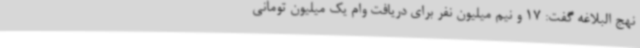
نهج البلاغه گفت: 17 و نیم میلیون نفر برای دریافت وام یک میلیون تومانی